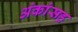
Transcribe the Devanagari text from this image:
अंकांसह